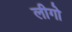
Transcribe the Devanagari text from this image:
लीगो